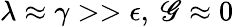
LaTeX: \lambda\approx\gamma>>\epsilon,\ \mathscr{G}\approx0